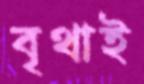
বৃথাই